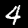
Label: 4